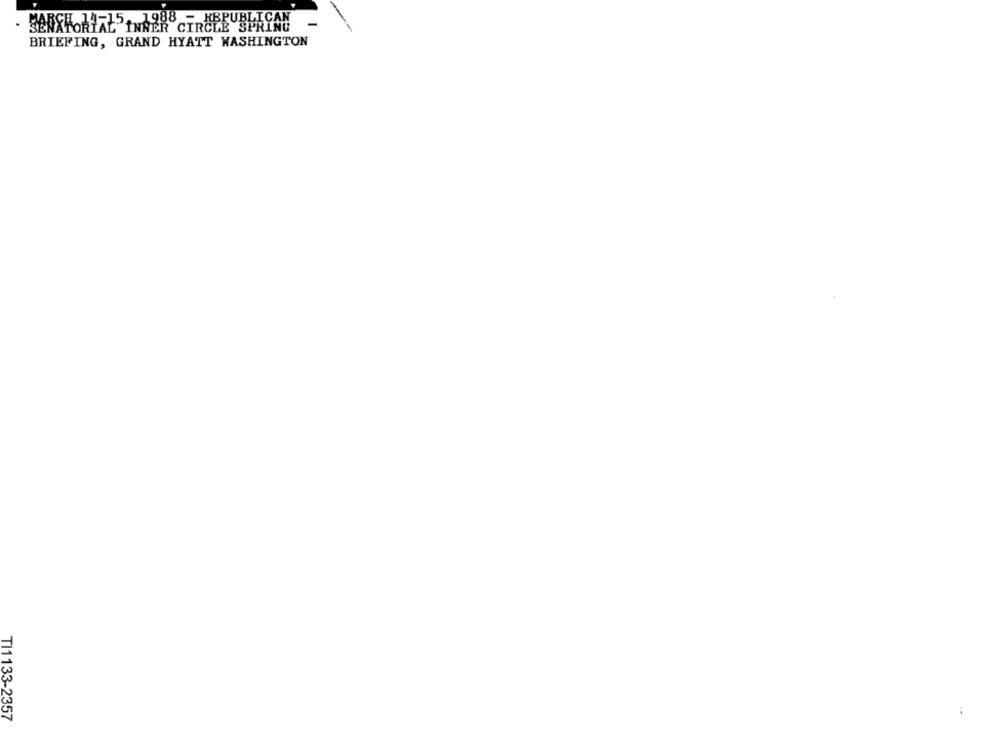
- SARCH.14-15. 1988 - KBPUBLICAN
BRIEFING, GRAND HYATT WASHINGTON
TI1133-2357